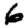
Digit: 6